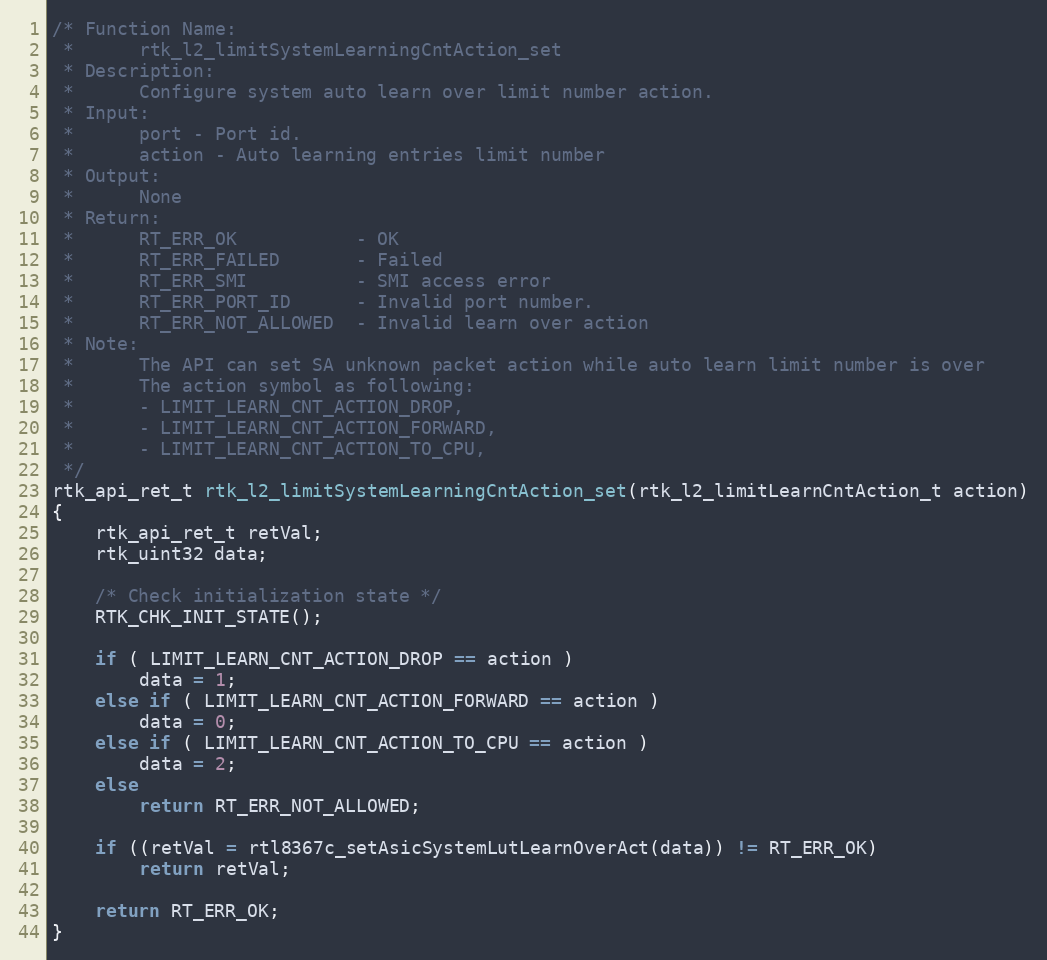
Language: C
/* Function Name:
 *      rtk_l2_limitSystemLearningCntAction_set
 * Description:
 *      Configure system auto learn over limit number action.
 * Input:
 *      port - Port id.
 *      action - Auto learning entries limit number
 * Output:
 *      None
 * Return:
 *      RT_ERR_OK           - OK
 *      RT_ERR_FAILED       - Failed
 *      RT_ERR_SMI          - SMI access error
 *      RT_ERR_PORT_ID      - Invalid port number.
 *      RT_ERR_NOT_ALLOWED  - Invalid learn over action
 * Note:
 *      The API can set SA unknown packet action while auto learn limit number is over
 *      The action symbol as following:
 *      - LIMIT_LEARN_CNT_ACTION_DROP,
 *      - LIMIT_LEARN_CNT_ACTION_FORWARD,
 *      - LIMIT_LEARN_CNT_ACTION_TO_CPU,
 */
rtk_api_ret_t rtk_l2_limitSystemLearningCntAction_set(rtk_l2_limitLearnCntAction_t action)
{
    rtk_api_ret_t retVal;
    rtk_uint32 data;

    /* Check initialization state */
    RTK_CHK_INIT_STATE();

    if ( LIMIT_LEARN_CNT_ACTION_DROP == action )
        data = 1;
    else if ( LIMIT_LEARN_CNT_ACTION_FORWARD == action )
        data = 0;
    else if ( LIMIT_LEARN_CNT_ACTION_TO_CPU == action )
        data = 2;
    else
        return RT_ERR_NOT_ALLOWED;

    if ((retVal = rtl8367c_setAsicSystemLutLearnOverAct(data)) != RT_ERR_OK)
        return retVal;

    return RT_ERR_OK;
}